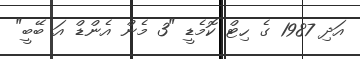
އަދި 1987 ގެ ހިޓް ކޮމެޑީ "3 މެން އެންޑް އަ ބޭބީ"